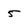
Character: 5